Report on vaccination in Madras 1904-1921 - 1904-1921
Year: 1904
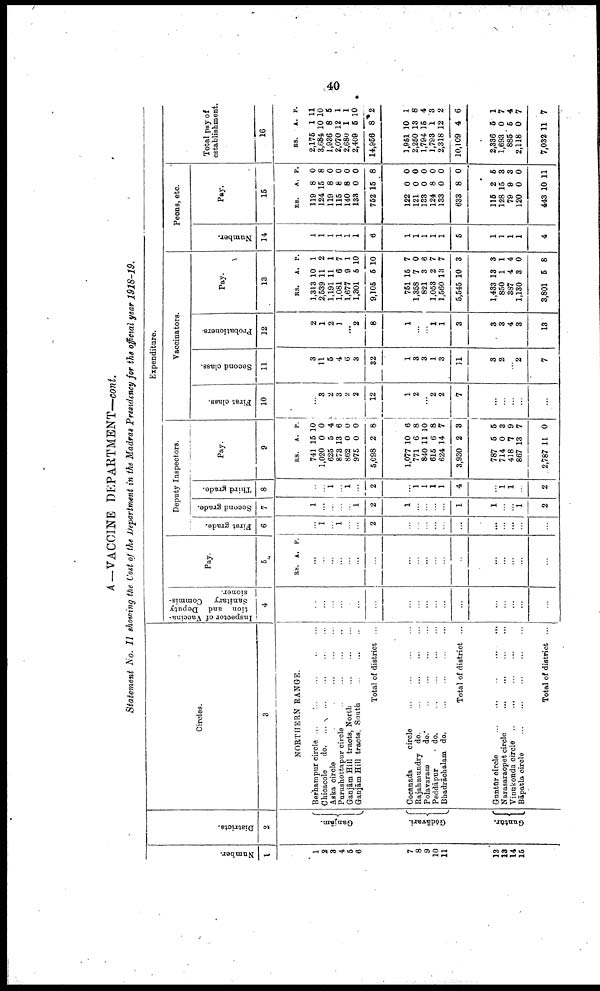
40
A—VACCINE DEPARTMENT—cont.
Statement No. II showing the Cost of the Department in the Madras Presidency for the official year 1918-19.
Number.
1
1
2
3
4
5
6
7
8
9
10
11
12
18
14
16
Districts.
2
Ganjām.
Gōdāvari.
Guntūr.
Circles.
3
NORTHERN RANGE.
Berhampur circle
...
...
...
...
...
Chicacole
do. ... ... ... ... ...
Aska circle
...
...
...
...
...
Purushottapur circle ... ... ... ...
Ganjām Hill tracts, North
...
...
...
Ganjām Hill tracts, South
...
...
...
Total of district ...
Cocanada
circle
...
...
...
...
Rajahmundry do.
...
...
...
...
Polavaram
do.
...
...
...
...
Peddāpur
do.
...
...
...
...
Bhadrāchalam do.
...
...
...
...
Total of district ...
Guntūr circle
...
...
...
...
...
Narasaraopet circle
...
...
...
...
Vinukonda circle ... ... ... ... ...
Bāpatla circle
...
...
...
...
...
Total of district ...
Expenditure.
Inspector of Vaccina
tion and Deputy
Sanitary Commis
sioner.
4
...
...
...
...
...
...
...
...
...
...
...
...
...
...
...
...
...
...
Pay.
5
RS. A. P.
...
...
...
...
...
...
...
...
...
...
...
...
...
...
...
...
...
...
Deputy Inspectors.
First grade.
6
...
1
...
1
...
...
2
...
...
...
...
...
...
...
...
...
...
...
Second grade.
7
1
...
...
...
...
1
2
1
...
...
...
...
1
1
...
...
1
2
Third grade.
8
...
...
1
...
1
...
2
...
1 1
1
1
4
...
1
1
...
2
Pay.
9
RS.
741
1,020
625
873
862
975
5,098
1,077
771
840
615
624
3,930
787
714
418
867
2,787
A.
15
0
5
13
0
0
2
10
6
11
6
14
2
5
0
7
13
11
P.
10
0
4
6
0
0
8
6
8
10
8
7
3
5
3
9
7
0
Vaccinators.
First class.
10
...
3
2
3
2
2
12
1
2
...
2
2
7
...
...
...
...
...
Second class.
11
3
11
5
4
6
3
32
1
8
3
1
3
11
3
2
...
2
7
Probationers.
12
2
1
2
1
...
2
8
1
...
...
1
1
3
3
3
4
3
13
Pay.
13
RS.
1,313
2,539
1,191
1,081
1,677
1,301
9,105
751
1,358
821
1,053
1,560
5,545
1,433
850
387
1,130
3,801
A.
10
11
11
6
9
5
5
15
7
3
2
13
10
13
1
4
3
5
P.
1
2
1
7
1
10
10
7
0
6
7
7
3
3
1
4
0
8
Peons, etc.
Number.
14
1
1
1
1
1
1
6
1
1
1
1
1
5
1
1
1
1
4
Pay.
15
RS.
119
124
119
115
140
133
752
122
121
133
124
133
633
115
128
79
120
443
A.
8
15
8
8
8
0
15
0
0
0
8
0
8
2
15
9
0
10
P.
0
8
0
0
0
0
8
0
0
0
0
0
0
5
3
3
0
11
Total pay of
establishment.
16
RS.
2,175
3,684
1,936
2,070
2,680
2,409
14,956
1,951
2,250
1,794
1,793
2,318
10,109
2,336
1,693
885
2,118
7,032
A.
1
10
8
12
1
5
8
10
13
15
1
12
4
5
0
5
0
11
P.
11
10
5
1
1
10
2
1
8
4
3
2
6
1
7
4
7
7